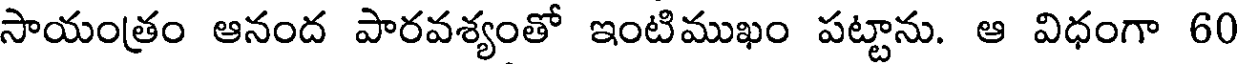
సాయంత్రం ఆనంద పారవశ్యంతో ఇంటిముఖం పట్టాను. ఆ విధంగా 60